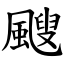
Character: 颼